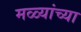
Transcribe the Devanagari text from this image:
मळ्यांच्या